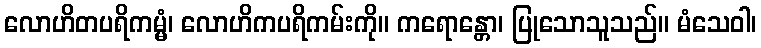
လောဟိတပရိကမ္မံ၊ လောဟိကပရိကမ်းကို။ ကရောန္တော၊ ပြုသောသူသည်။ မံသေဝါ၊